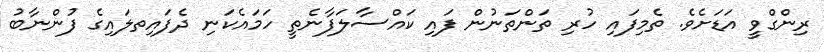
ރިންގްވީ އަޑަށެވެ. ތެމިފައި ހުރި ތަންތަނުން ފައި ކައްސާލަފާނެތީ ހަމައެކަނި ދެފައިތލައިގެ ފުންނާބު